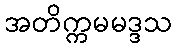
အတိက္ကမမဒ္ဒသ